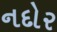
નદોર